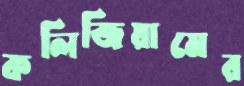
কলিজিয়ামের